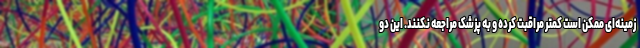
زمینه‌ای ممکن است کمتر مراقبت کرده و به پزشک مراجعه نکنند. این دو